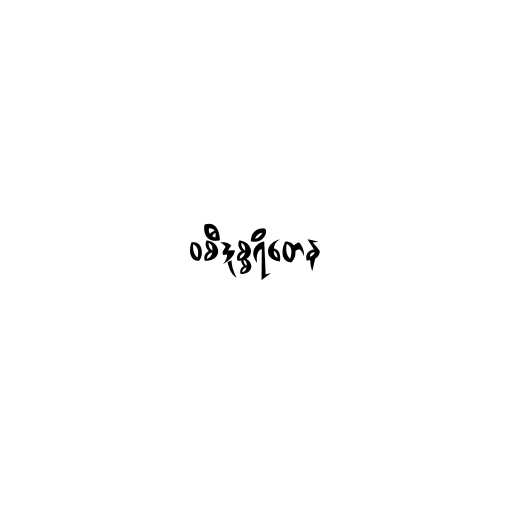
ဝစီဒုစ္စရိတေန